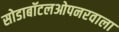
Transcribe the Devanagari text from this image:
सोडाबॉटलओपनरवाला